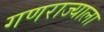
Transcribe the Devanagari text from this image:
गणराज्याला